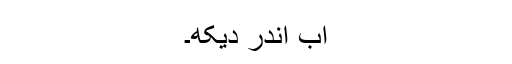
اب اندر دیکھ۔